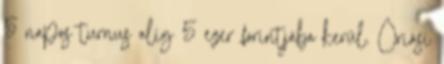
5 napos turnus alig 5 ezer forintjába kerül. Óriási